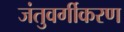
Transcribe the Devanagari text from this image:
जंतुवर्गीकरण